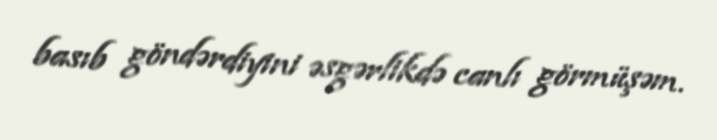
basıb göndərdiyini əsgərlikdə canlı görmüşəm.